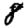
Digit: 8